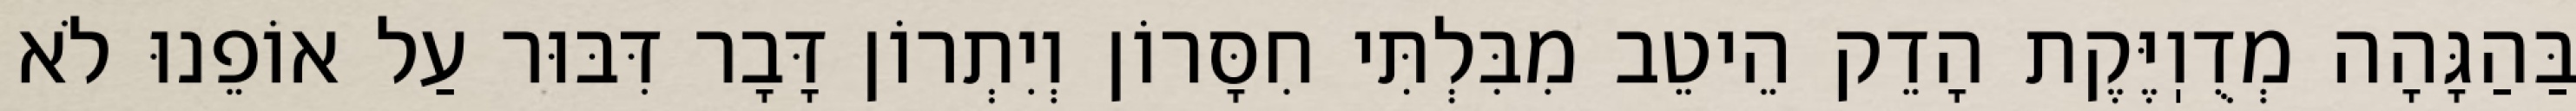
בַּהַגָּהָה מְדֻוֽיֶּקֶת הָדֵק הֵיטֵב מִבִּלְתִּי חִסָּרוֹן וְיִתְרוֹן דָּבָר דִּבּוּר עַל אוֹפֵנוּ לֹא